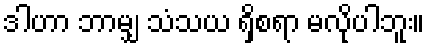
ဒါဟာ ဘာမျှ သံသယ ရှိစရာ မလိုပါဘူး။